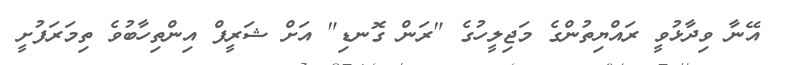
އޭނާ ވިދާޅުވީ ރައްޔިތުންގެ މަޖިލީހުގެ "ރަން ގޮނޑި" އަށް ޝަރީފް އިންތިހާބުވެ ތިމަރަފުށީ